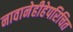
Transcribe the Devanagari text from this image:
नावानेहीहेपरिचित